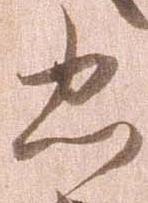
忠